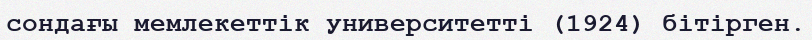
сондағы мемлекеттік университетті (1924) бітірген.